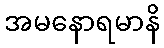
အမနောရမာနိ